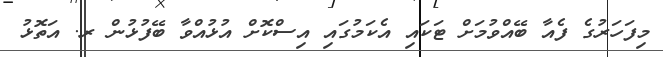
މިފަހަރުގެ ފެއާ ބޭއްވުމަށް ޓަކައި އެކަމުގައި އިސްކޮށް އުޅުއްވާ ބޭފުޅުން ރ. އަތޮޅު